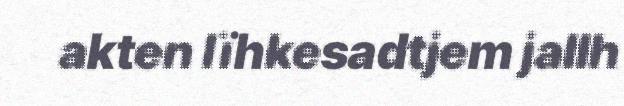
akten lïhkesadtjem jallh